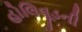
હોલિવૂડની